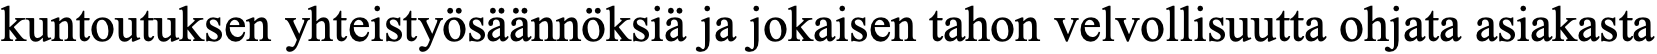
kuntoutuksen yhteistyösäännöksiä ja jokaisen tahon velvollisuutta ohjata asiakasta